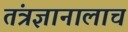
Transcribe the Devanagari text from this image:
तंत्रज्ञानालाच